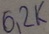
Text: 6,2K